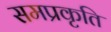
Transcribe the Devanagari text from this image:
समप्रकृति